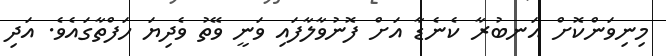
މިނިވަންކޮށް އަނބުރާ ކެނެޑާ އަށް ފޮނުވާލާފައި ވަނީ ވޭތު ވެދިޔަ ހަފްތާގައެވެ. އަދި